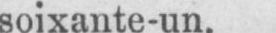
soixante-un.